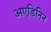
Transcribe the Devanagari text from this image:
अएडिनिन